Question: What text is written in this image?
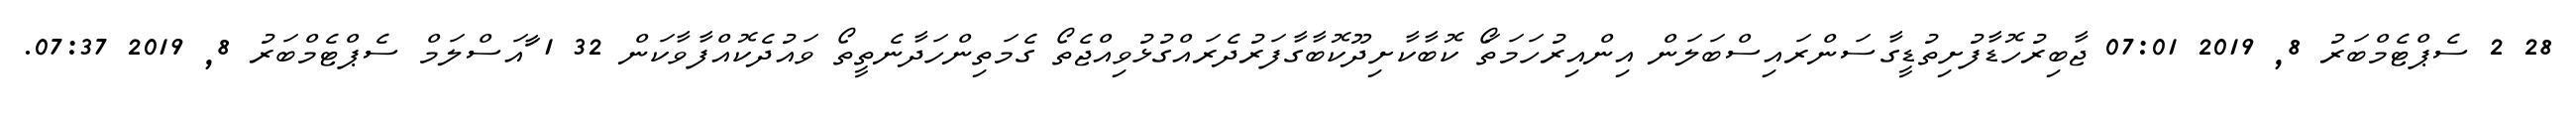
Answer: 28 2 ސެޕްޓެމްބަރު 8, 2019 07:01 ޖާބިރުހޮޑާފުށިތުޑީގާސަންރައިސްބަލަން އިންއިރުހަމަތަޯ ކޮބާކާށިދޫކޮބާގާފަރުދެރައްގުޅުވިއްޖެތޯ ގެމަތިންހަދާނެތީތޯ ވައުދެކޮއްފާވާކަން 32 1 ާައަސްލަމް ސެޕްޓެމްބަރު 8, 2019 07:37.